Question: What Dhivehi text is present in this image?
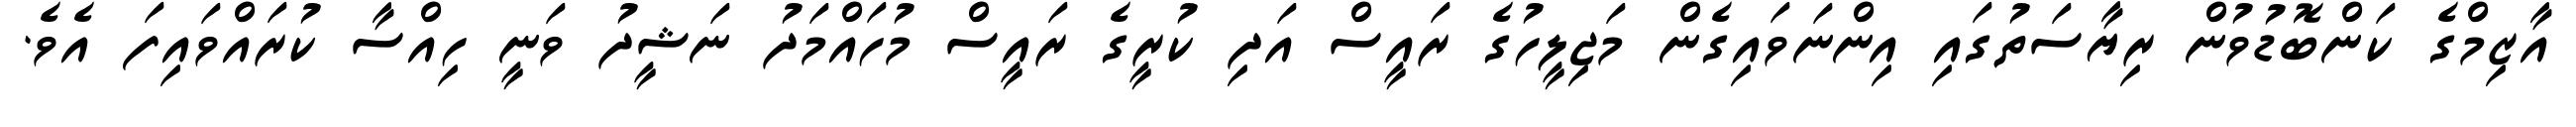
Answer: އާޒިމްގެ ކަންބޮޑުވުން ރިޔާސަތުގައި އިންނަވައިގެން މަޖިލީހުގެ ރައީސް އަދި ކުރީގެ ރައީސް މުހައްމަދު ނަޝީދު ވަނީ ހިއްސާ ކުރައްވައިފަ އެވެ.